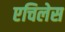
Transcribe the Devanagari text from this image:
एचिलेस